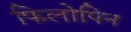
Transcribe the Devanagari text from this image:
फिलोपिन